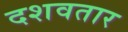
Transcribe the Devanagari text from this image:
दशवतार